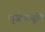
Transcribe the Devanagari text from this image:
तुजवाचुनि